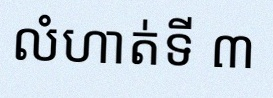
លំហាត់ទី ៣